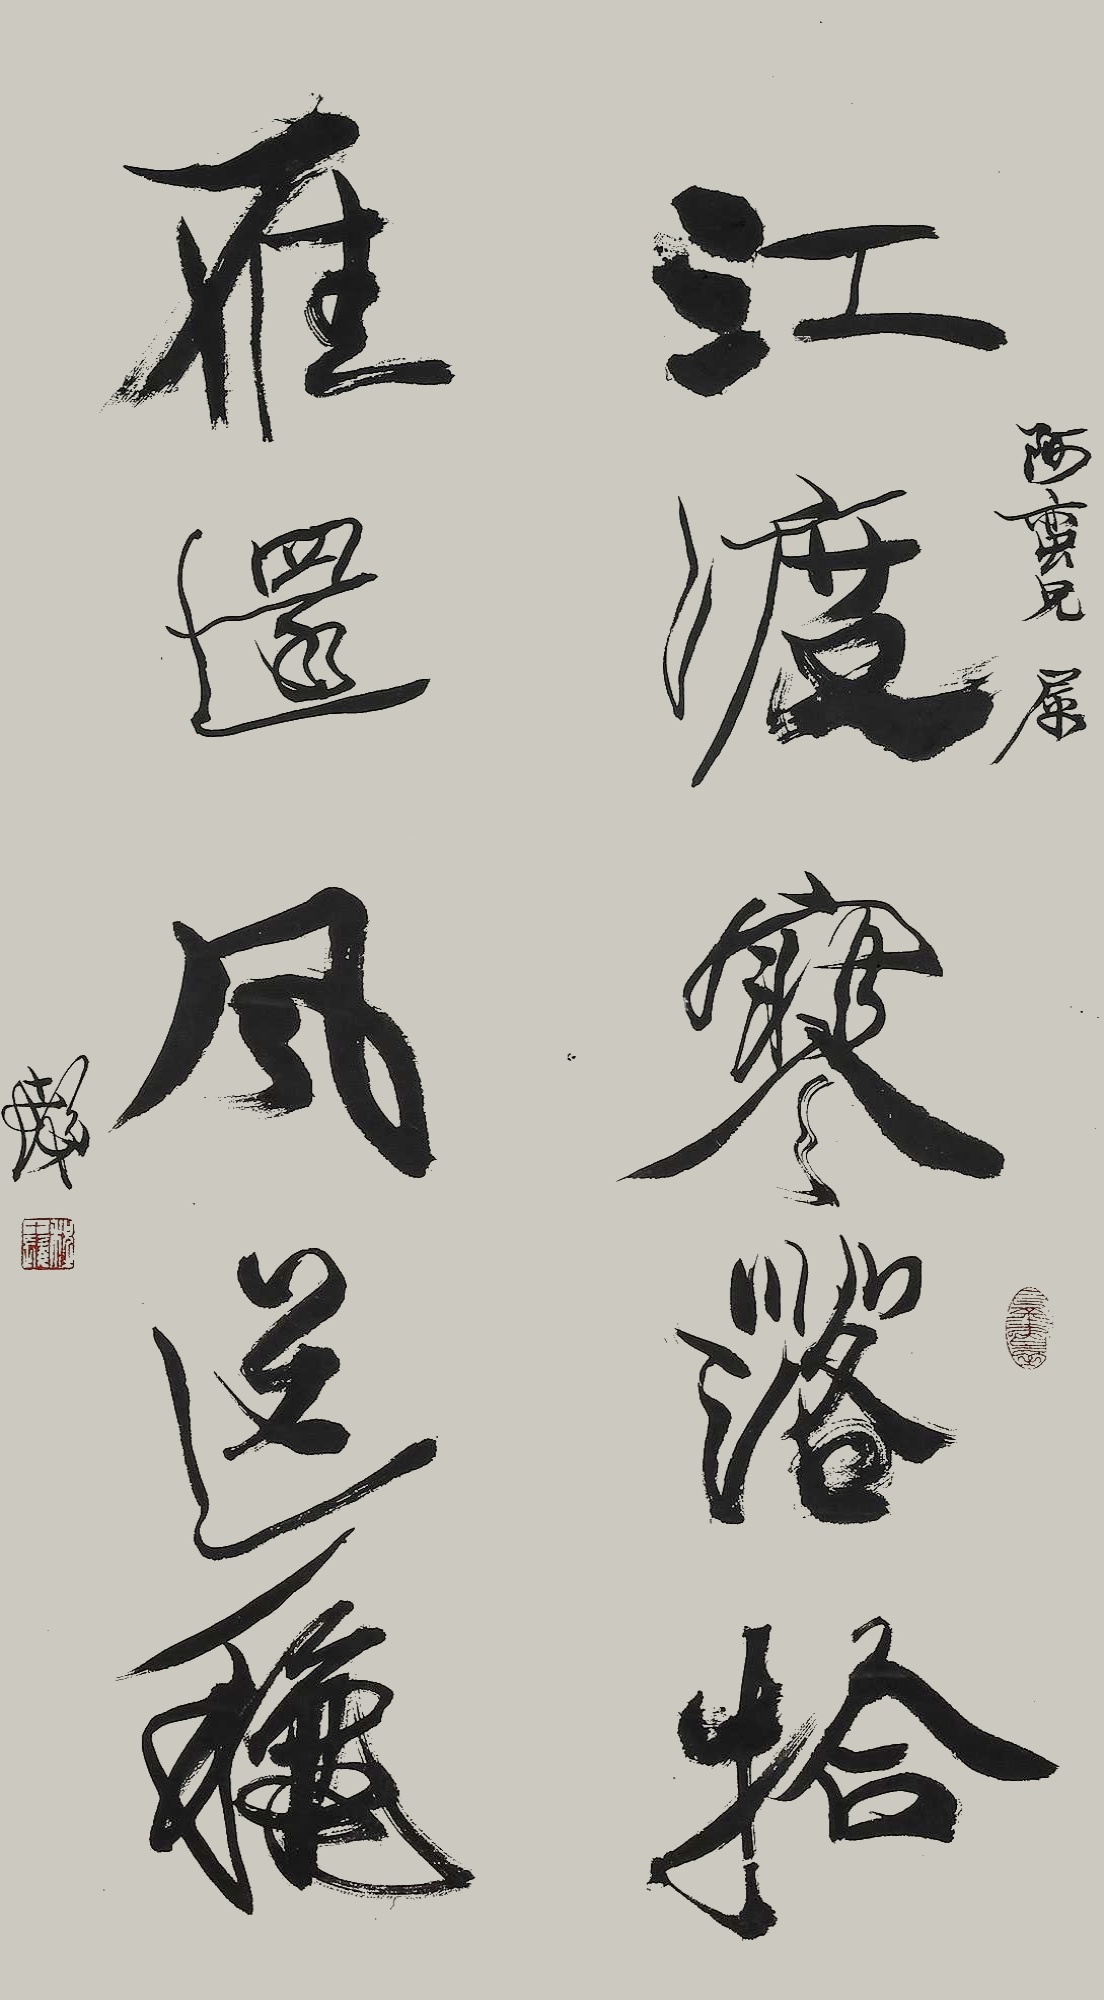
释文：江渡寒落拾，雁还风送秋。阿蛮兄属，十发。